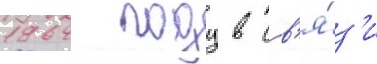
1964 году в св'я́з'и